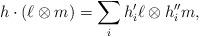
LaTeX: \begin{align*}h\cdot(\ell\otimes m)= \sum_i h'_i\ell\otimes h''_im,\end{align*}